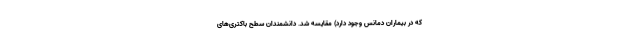
که در بیماران دمانس وجود دارد) مقایسه شد. دانشمندان سطح باکتری‌های